Annual report of the Punjab Veterinary College and of the Civil Veterinary Department, Punjab - 1920-1925
Year: 1920
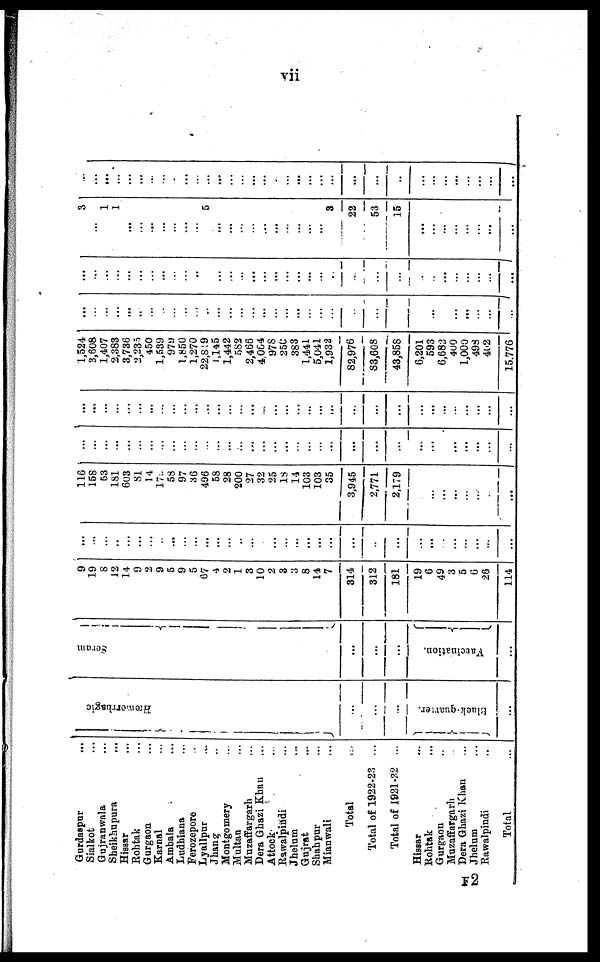
vii
Gurdaspur ...
Sialkot ...
Gujranwala ...
Sheikhupura ...
Hissar ...
Rohtak ...
Gurgaon ...
Karnal ...
Ambala ...
Ludhiana ...
Ferozepore ...
Lyallpur ...
Jhang ...
Montgomery
Multan ...
Muzaffargarh ...
Dera Ghazi Khan ...
Attock ...
Rawalpindi ...
Jhelum ...
Gujrat ...
Shahpur ...
Mianwali ...
Total
Total of 1922-23 ...
Total of 1921-22 ...
Hissar ...
Rohtak ...
Gurgaon ...
Muzaffargarh
Dera Ghazi Khan ...
Jhelum ...
Rawalpindi
Total
Hæmorrhagic
...
Black-quarter.
Serum
1
J
...
...
...
Vaccination.
9
19
8
12
14
9
2
9
5
9
5
67
4
2
1
3
10
2
3
3
8
14
7
314
312
181
19
6
49
3
5
6
26
114
...
...
...
..
...
...
...
...
...
...
...
...
...
...
...
...
...
...
...
...
...
...
...
...
...
...
...
...
...
...
...
...
...
...
116
158
53
181
603
81
14
175
58
97
36
496
58
28
200
27
32
25
18
14
103
103
35
3,945
2,771
2,179
...
...
...
...
...
...
...
...
...
...
...
...
...
...
...
...
...
...
...
...
...
...
...
...
...
...
...
...
...
...
...
...
...
...
...
...
...
...
...
...
..
...
...
...
...
...
...
...
...
...
...
...
...
...
...
...
...
...
...
...
...
...
...
...
...
...
...
...
...
...
...
...
...
...
...
1,524
3,608
1,407
2,383
3,736
2,235
450
1,539
979
1,850
1,270
22,819
1,145
1,442
683
2,466
4.064
978
250
383
1,441
5,041
1,932
82,976
83,608
43,858
6,201
593
6,682
400
1,000
498
402
15.776
...
...
...
...
...
...
...
..
...
...
...
...
...
...
...
...
...
...
...
...
...
...
...
...
...
...
...
...
...
...
...
...
...
...
...
...
..
...
...
...
...
...
...
...
...
...
...
...
...
...
...
3
...
1
1
...
...
..
...
..
..
5
...
...
...
...
...
...
...
3
22
53
15
...
...
...
...
...
...
...
...
...
...
...
...
...
..
...
...
...
...
...
...
..
...
...
...
...
F2